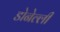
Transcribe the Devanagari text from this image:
डोनेल्ली